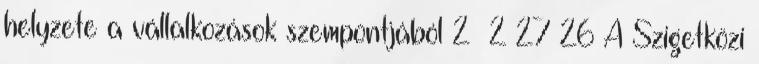
helyzete a vállalkozások szempontjából 2 2 27 26 A Szigetközi